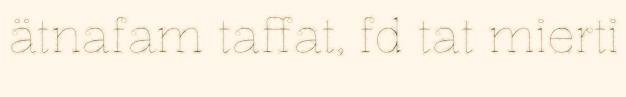
ätnafam taffat, fd tat mierti